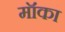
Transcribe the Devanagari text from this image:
मॉका